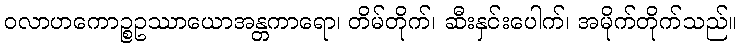
ဝလာဟကောဉ္စဥဿာယောအန္တကာရော၊ တိမ်တိုက်၊ ဆီးနှင်းပေါက်၊ အမိုက်တိုက်သည်။